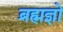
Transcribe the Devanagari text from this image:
ब्रह्मज्ञो